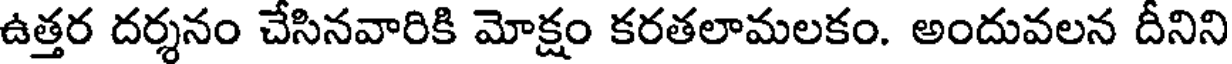
ఉత్తర దర్శనం చేసినవారికి మోక్షం కరతలామలకం. అందువలన దీనిని